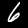
Label: 6